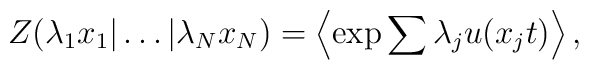
Z( \lambda_{1} x_{1} | \ldots | \lambda_{N} x_{N} ) = \left\langle\exp{\sum{\lambda_{j}u(x_{j} t)}} \right\rangle,